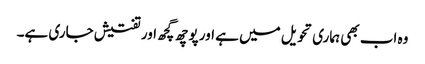
وہ اب بھی ہماری تحویل میں ہے اور پوچھ گچھ اور تفتیش جاری ہے۔